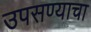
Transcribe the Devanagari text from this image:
उपसण्याचा